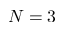
N = 3